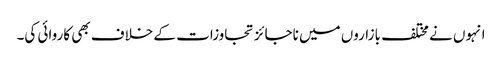
انہوں نے مختلف بازاروں میں ناجائز تجاوزات کے خلاف بھی کاروائی کی۔